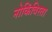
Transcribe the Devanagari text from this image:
नोकिंविरता